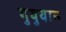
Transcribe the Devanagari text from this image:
गुयुयान